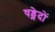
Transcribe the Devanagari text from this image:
षड्भेदों